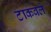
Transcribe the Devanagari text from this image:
टाकवले